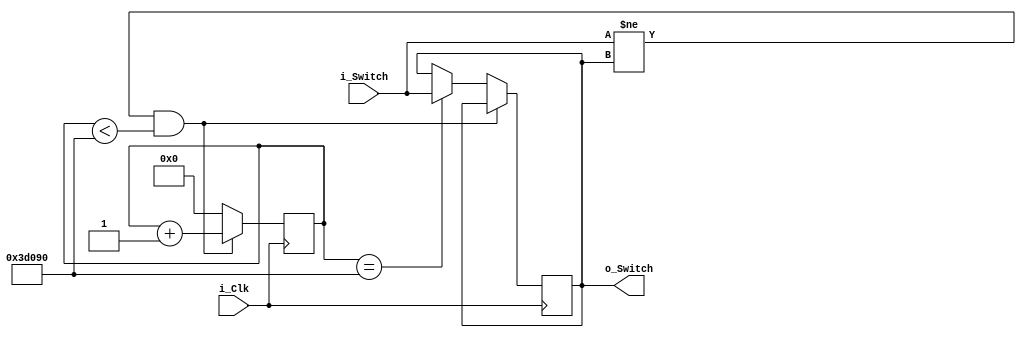
module debounce_switch(
  input i_Clk,
  input i_Switch,
  output o_Switch);

  parameter DEBOUNCE_COUNT = 250000;

  reg r_switch = 1'b0;
  reg [17:0] r_count = 0; 

  always @(posedge i_Clk) begin
    if (i_Switch != r_switch && r_count < DEBOUNCE_COUNT) begin
      r_count <= r_count + 1;
    end else if (r_count ==  DEBOUNCE_COUNT) begin
      r_switch <= i_Switch;
      r_count <= 0;
    end else begin
      r_count <= 0;
    end
  end

  assign o_Switch = r_switch;

endmodule